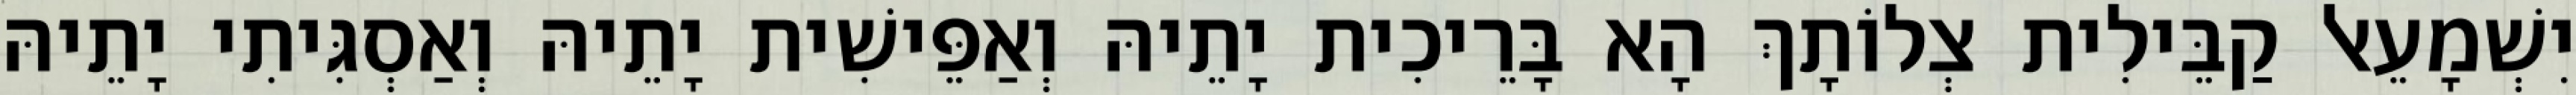
יִשְׁמָעֵאל קַבֵּילִית צְלוֹתָךְ הָא בָּרֵיכִית יָתֵיהּ וְאַפֵּישִׁית יָתֵיהּ וְאַסְגִּיתִי יָתֵיהּ